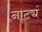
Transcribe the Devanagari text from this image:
नाट्यं